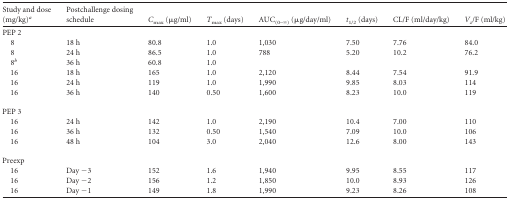
<table><thead><tr><td><b>Study and dose (mg/kg)<sup><i>a</i></sup></b></td><td><b>Postchallenge dosing schedule</b></td><td><b><i>C</i><sub>max</sub> (μg/ml)</b></td><td><b><i>T</i><sub>max</sub> (days)</b></td><td><b>AUC<sub>(0–∞)</sub> (μg/day/ml)</b></td><td><b><i>t</i><sub>1/2</sub> (days)</b></td><td><b>CL/F (ml/day/kg)</b></td><td><b><i>V<sub>z</sub></i>/F (ml/kg)</b></td></tr></thead><tbody><tr><td>PEP 2</td><td></td><td></td><td></td><td></td><td></td><td></td><td></td></tr><tr><td>8</td><td>18 h</td><td>80.8</td><td>1.0</td><td>1,030</td><td>7.50</td><td>7.76</td><td>84.0</td></tr><tr><td>8</td><td>24 h</td><td>86.5</td><td>1.0</td><td>788</td><td>5.20</td><td>10.2</td><td>76.2</td></tr><tr><td>8<sup><i>b</i></sup></td><td>36 h</td><td>60.8</td><td>1.0</td><td></td><td></td><td></td><td></td></tr><tr><td>16</td><td>18 h</td><td>165</td><td>1.0</td><td>2,120</td><td>8.44</td><td>7.54</td><td>91.9</td></tr><tr><td>16</td><td>24 h</td><td>119</td><td>1.0</td><td>1,990</td><td>9.85</td><td>8.03</td><td>114</td></tr><tr><td>16</td><td>36 h</td><td>140</td><td>0.50</td><td>1,600</td><td>8.23</td><td>10.0</td><td>119</td></tr><tr><td>PEP 3</td><td></td><td></td><td></td><td></td><td></td><td></td><td></td></tr><tr><td>16</td><td>24 h</td><td>142</td><td>1.0</td><td>2,190</td><td>10.4</td><td>7.00</td><td>110</td></tr><tr><td>16</td><td>36 h</td><td>132</td><td>0.50</td><td>1,540</td><td>7.09</td><td>10.0</td><td>106</td></tr><tr><td>16</td><td>48 h</td><td>104</td><td>3.0</td><td>2,040</td><td>12.6</td><td>8.00</td><td>143</td></tr><tr><td>Preexp</td><td></td><td></td><td></td><td></td><td></td><td></td><td></td></tr><tr><td>16</td><td>Day −3</td><td>152</td><td>1.6</td><td>1,940</td><td>9.95</td><td>8.55</td><td>117</td></tr><tr><td>16</td><td>Day −2</td><td>156</td><td>1.2</td><td>1,850</td><td>10.0</td><td>8.93</td><td>126</td></tr><tr><td>16</td><td>Day −1</td><td>149</td><td>1.8</td><td>1,990</td><td>9.23</td><td>8.26</td><td>108</td></tr></tbody></table>